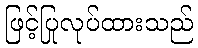
ဖြင့်ပြုလုပ်ထားသည်